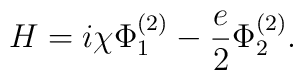
H =  i\chi\Phi^{(2)}_1 -\frac{e}{2} \Phi^{(2)}_2 .